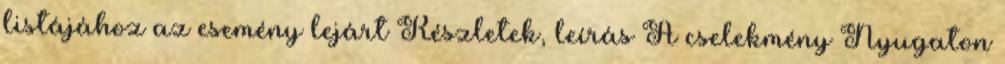
listájához az esemény lejárt Részletek, leírás A cselekmény Nyugaton